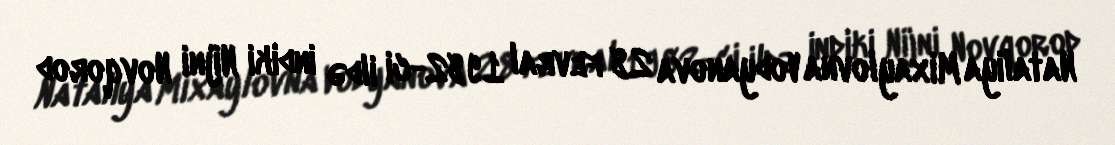
Nataliya Mixaylovna Vodyanova 28 fevral 1982-ci ildə indiki Nijni Novqorod